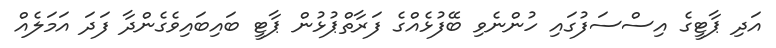
އަދި ޕާޓީގެ އިސްސަފުގައި ހުންނެވި ބޭފުޅެއްގެ ފަރާތްޕުޅުން ޕާޓީ ބައިބައިވެގެންދާ ފަދަ އަމަލެއް